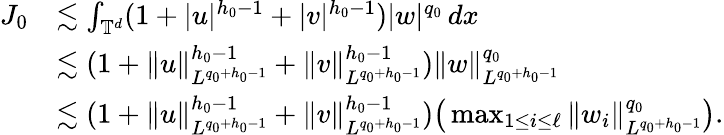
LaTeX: \begin{array}{rl}{J_{0}}&{\lesssim\int_{\mathbb{T}^{d}}(1+|u|^{h_{0}-1}+|v|^{h_{0}-1})|w|^{q_{0}}\, dx}\\ &{\lesssim(1+\| u\| _{L^{q_{0}+h_{0}-1}}^{h_{0}-1}+\| v\| _{L^{q_{0}+h_{0}-1}}^{h_{0}-1})\| w\| _{L^{q_{0}+h_{0}-1}}^{q_{0}}}\\ &{\lesssim(1+\| u\| _{L^{q_{0}+h_{0}-1}}^{h_{0}-1}+\| v\| _{L^{q_{0}+h_{0}-1}}^{h_{0}-1})\big(\operatorname*{max}_{1\leq i\leq\ell}\| w_{i}\| _{L^{q_{0}+h_{0}-1}}^{q_{0}}\big).}\end{array}